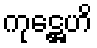
ကုဋ္ဌေဟိ